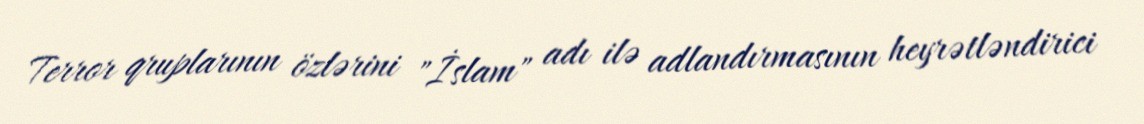
Terror qruplarının özlərini "İslam" adı ilə adlandırmasının heyrətləndirici